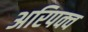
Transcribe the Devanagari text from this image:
अरिपक्व